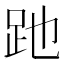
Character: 𧿇